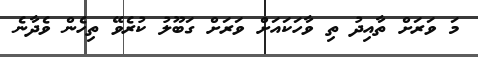
މަ ވަރަށް ތާއިދު ތި ވާހަކައަށް ވަރަށް ގަބޫލު ކުރެވޭ ތިހެން ވެދާނެ